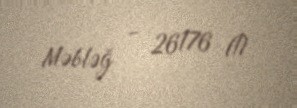
Məbləğ - 26176 ₼